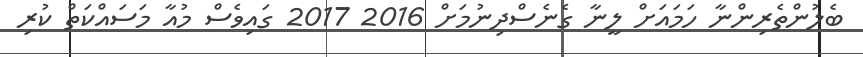
ބެލުންތެރިންނާ ހަމައަށް ލީނާ ގެނެސްދިނުމަށް 2016 2017 ގައިވެސް މުއާ މަސައްކަތް ކުރި